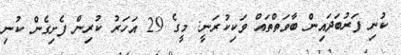
ކުނި ފަރުބަދައިން ބާވަތްތައް ވަކިކުރަނީ: މީގެ 29 އަހަރު ކުރިން ފެށިގެން ކުނި